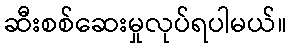
ဆီးစစ်ဆေးမှုလုပ်ရပါမယ်။